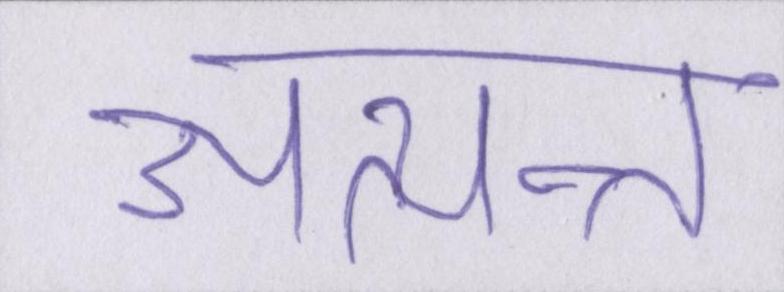
अत्यन्त